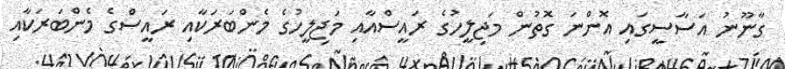
ގާނޫނު އަސާސީގައި އޮންނަ ގޮތުން މަޖިލީހުގެ ރައީސްއާއި މަޖިލީހުގެ މެންބަރަކާއި ރައީސްގެ މެންބަރަކާއި